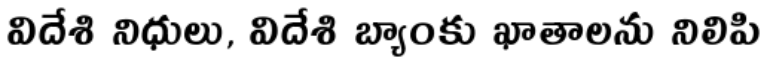
విదేశి నిధులు, విదేశి బ్యాంకు ఖాతాలను నిలిపి